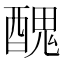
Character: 𨢄